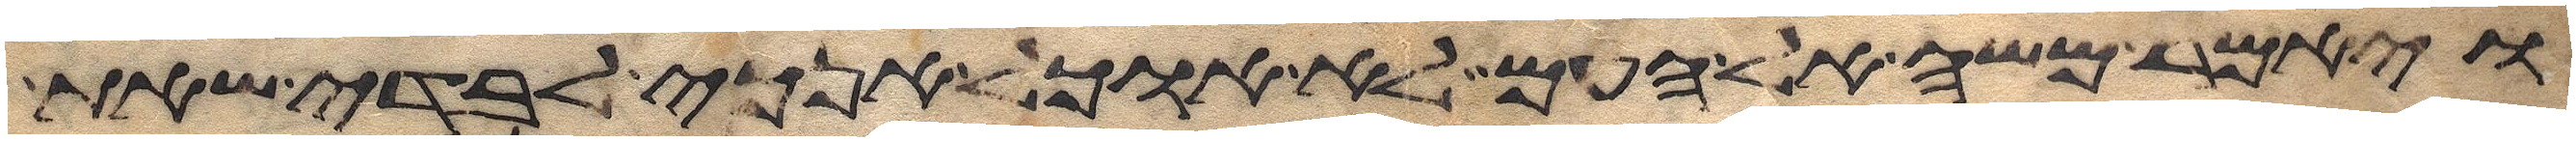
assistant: ויאמר משה אל העם לא אוכל אנכי לבדי שאת